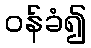
ဝန်ခံ၍